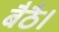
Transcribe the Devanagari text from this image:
बैठै।